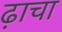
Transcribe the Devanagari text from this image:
ढ़ाचा